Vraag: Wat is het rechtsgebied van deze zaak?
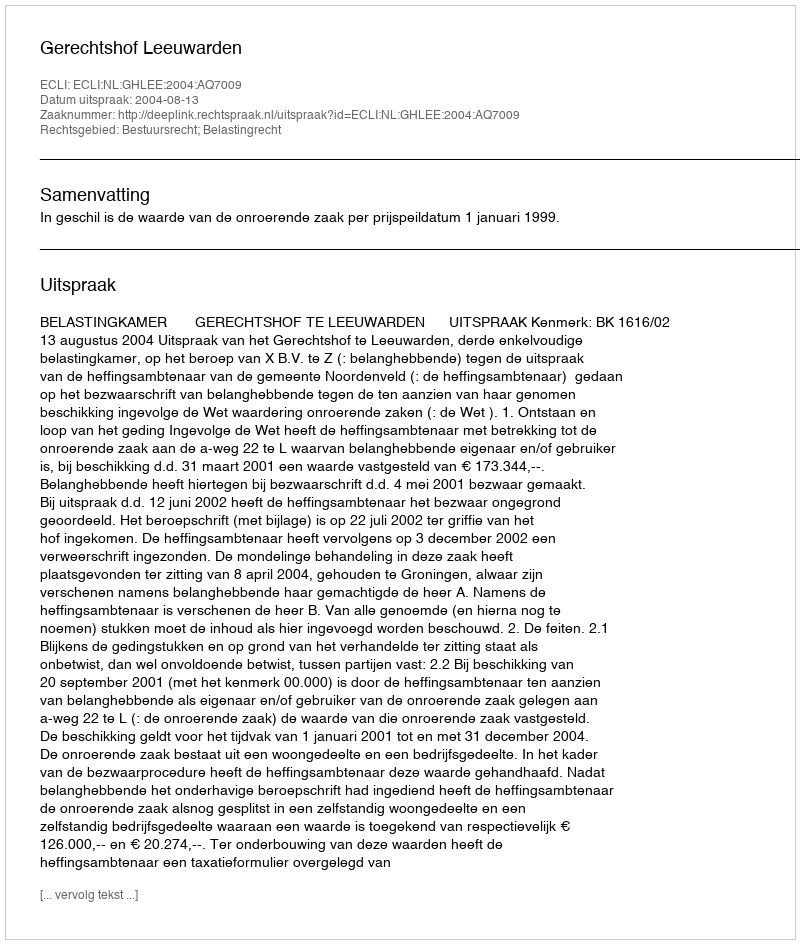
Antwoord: Bestuursrecht; Belastingrecht